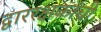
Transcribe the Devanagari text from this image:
द्वाररक्षकांची